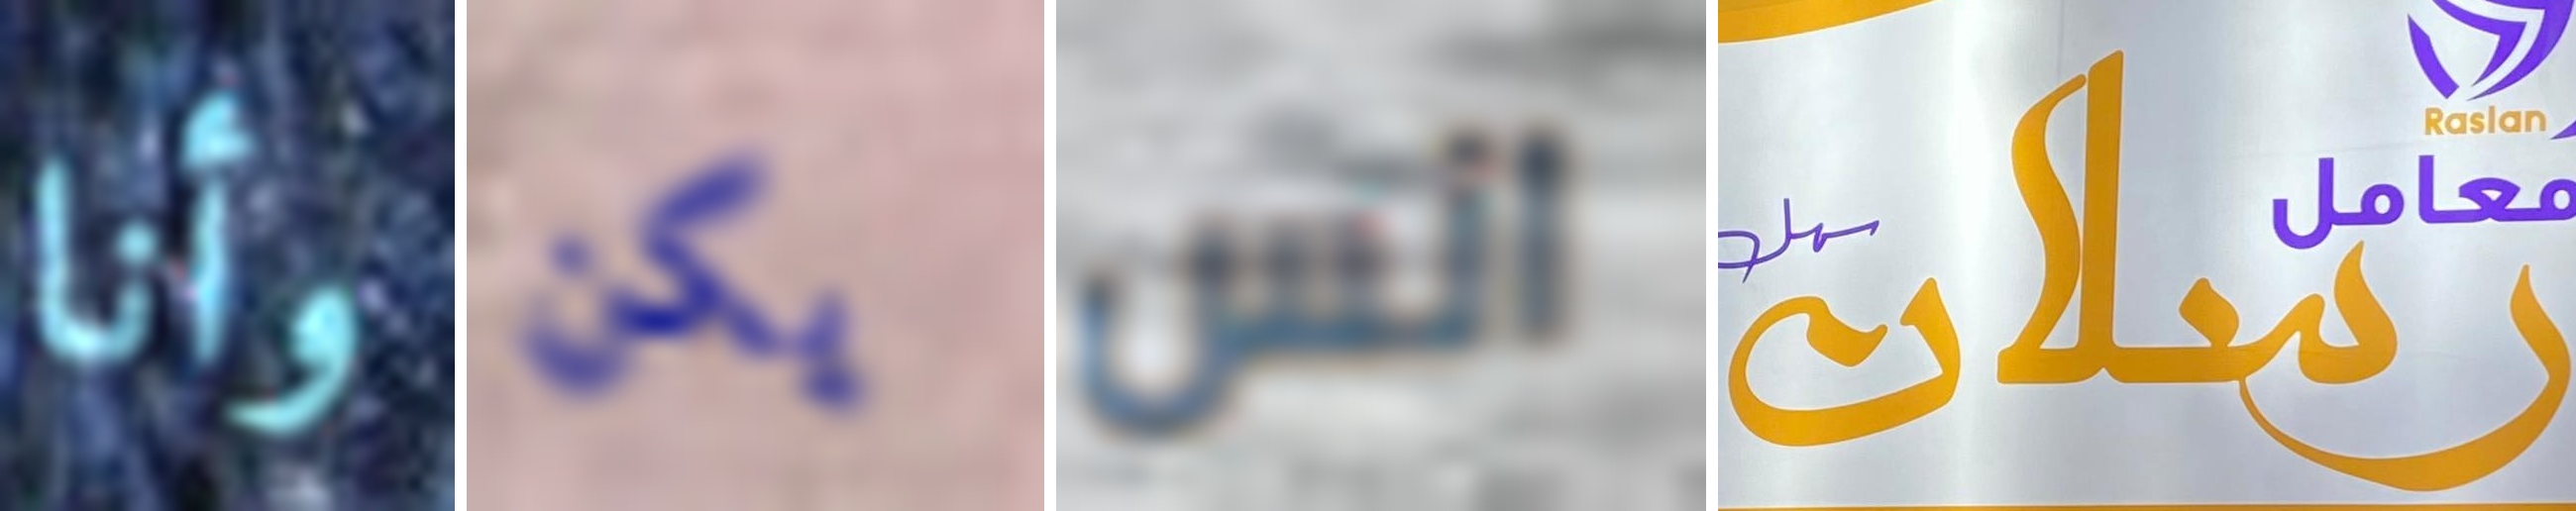
وأنا يكن انس رسلان